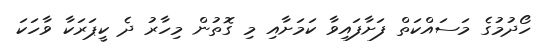
ހޯދުމުގެ މަސައްކަތް ފަށާފައިވާ ކަމަށާއި މި ގޮތުން މިހާރު ދެ ކީޕަރަކާ ވާހަކަ